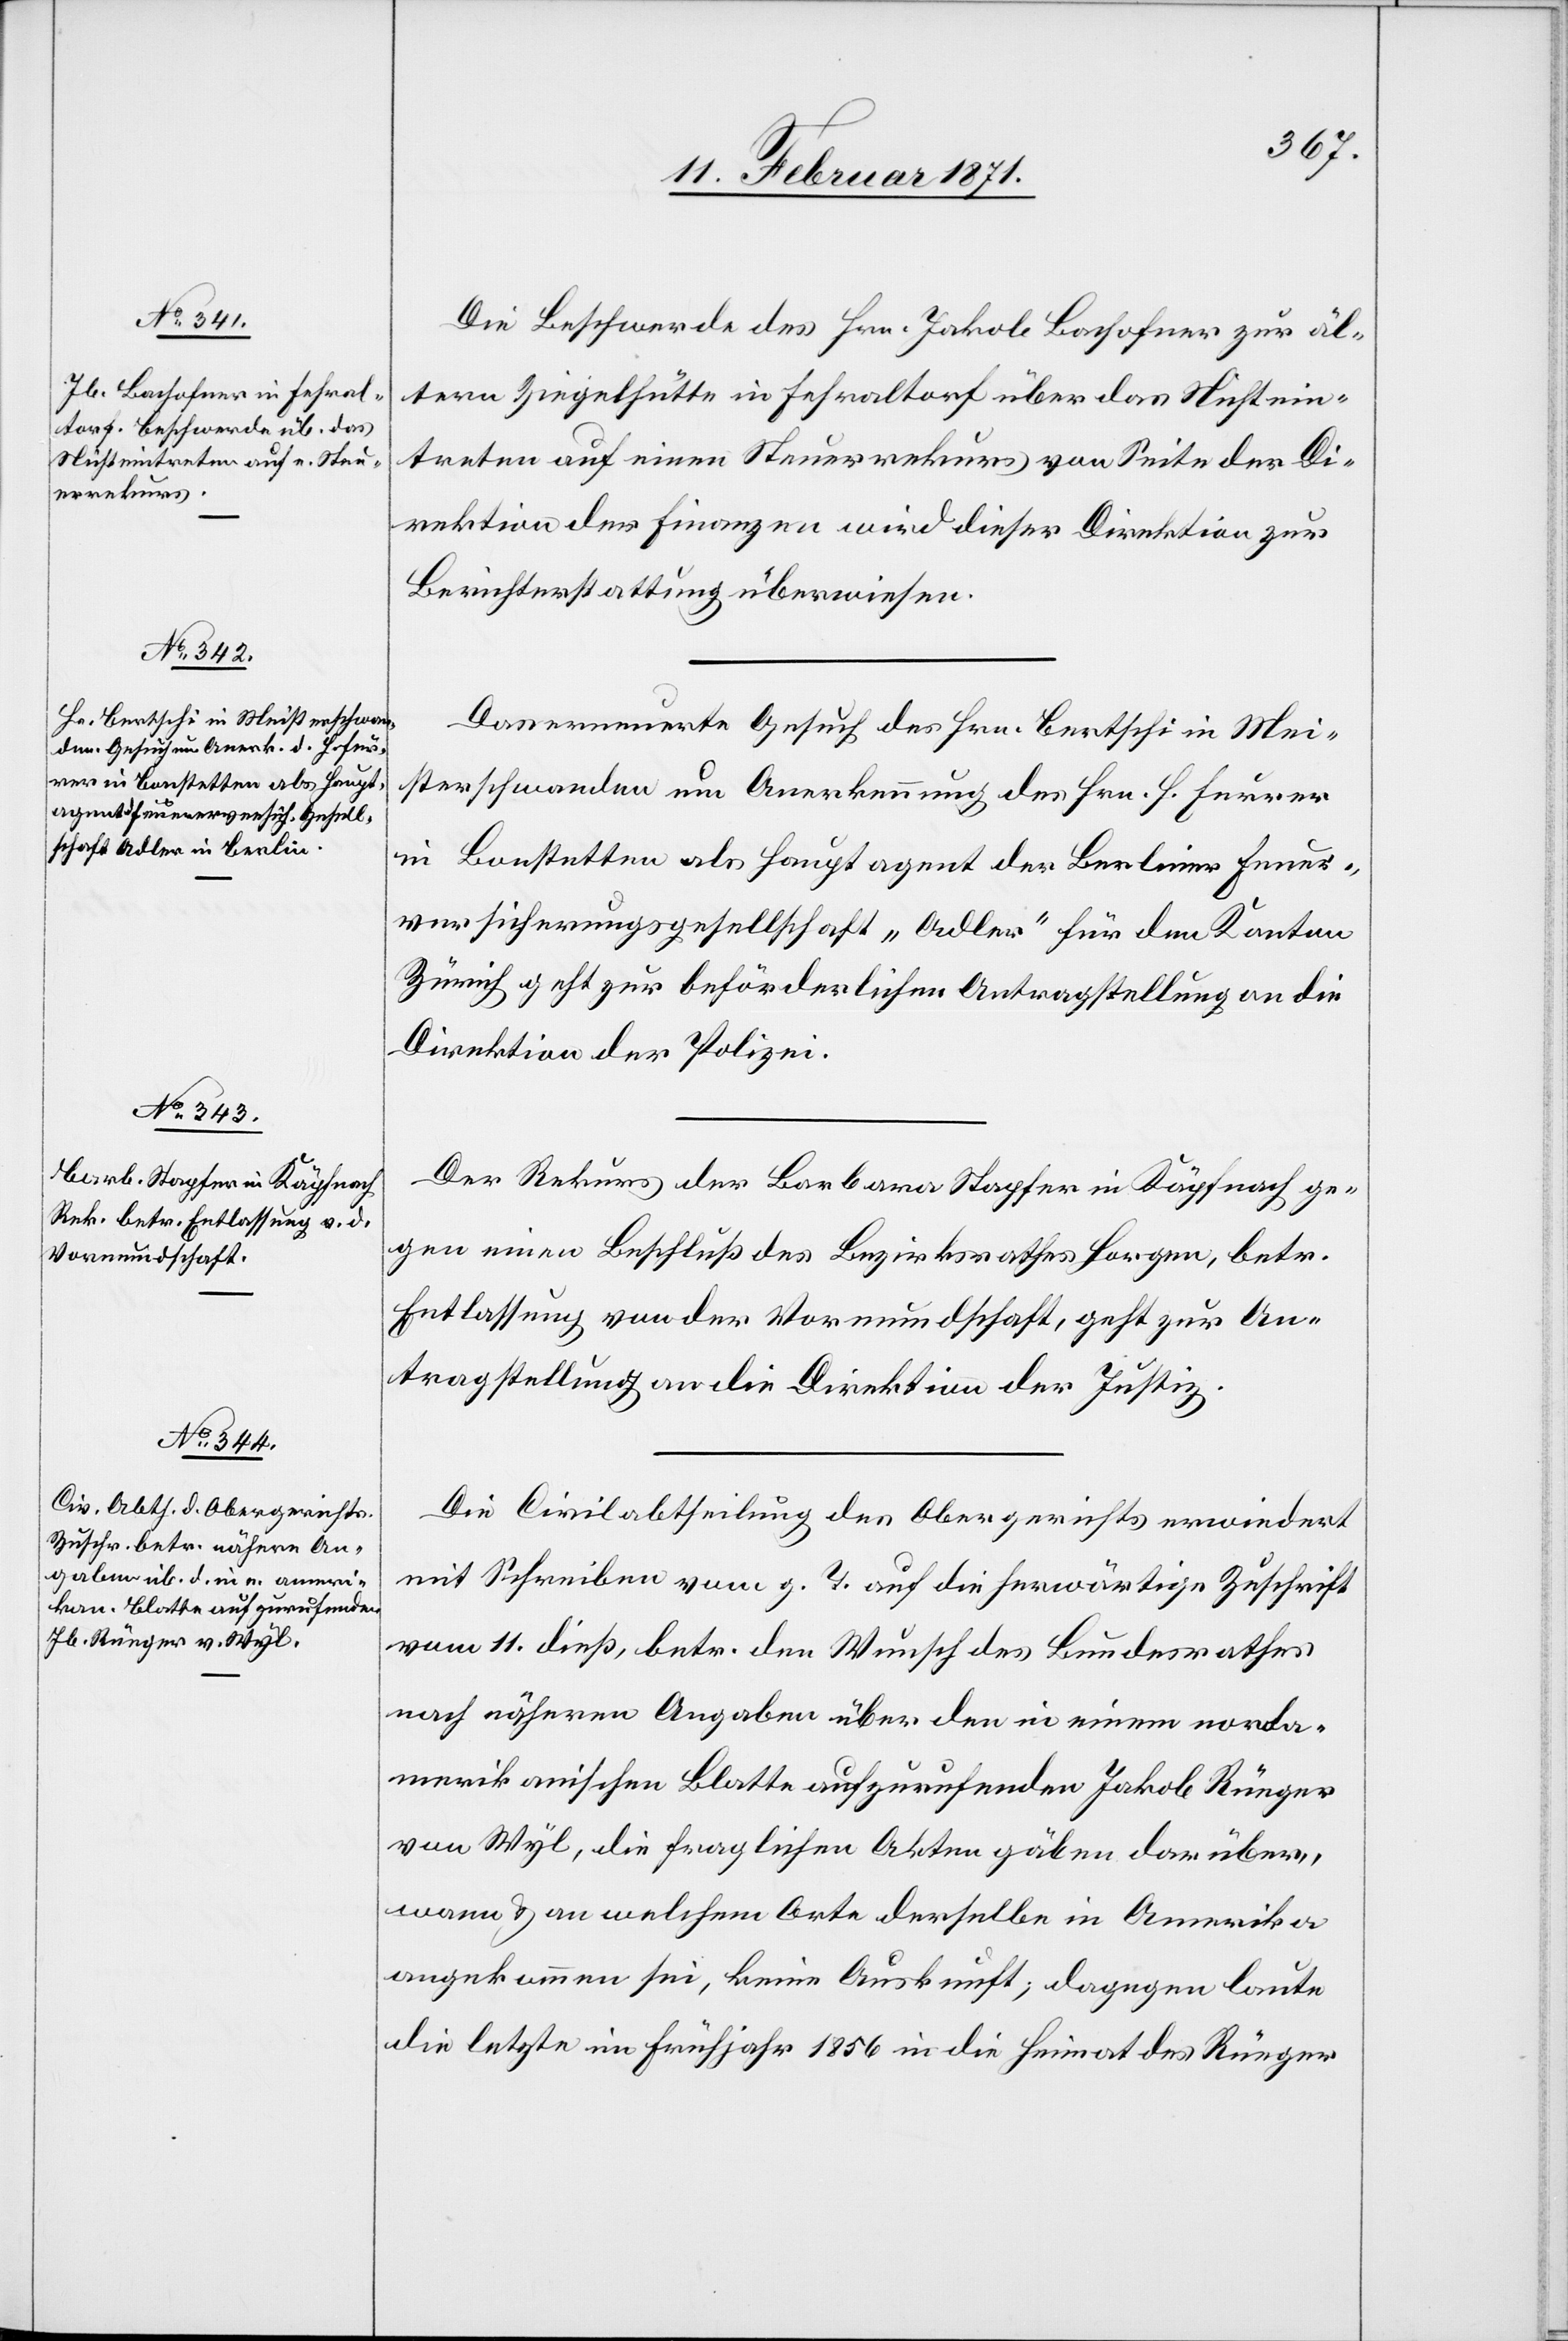
17. Februar 1871.]
Die Beschwerde des Hrn. Jakob Bachofner zur äl¬
tern Ziegelhütte in Fehraltorf über das Nichtein¬
treten auf einen Steuerrekurs von Seite der Di¬
rektion der Finanzen wird dieser Direktion zur
Berichterstattung überwiesen.
Das erneuerte Gesuch des Hrn. Bertschi in Mei¬
sterschwanden um Anerkennung des Hrn. H. Furrer
in Bonstetten als Hauptagent der Berliner Feuer¬
versicherungsgesellschaft „Adler“ für den Kanton
Zürich geht zur beförderlichen Antragstellung an die
Direktion der Polizei.
Der Rekurs der Barbara Stapfer in Käpfnach ge¬
gen einen Beschluß des Bezirksrathes Horgen, betr.
Entlassung von der Vormundschaft, geht zur An¬
tragstellung an die Direktion der Justiz.
Die Civilabtheilung des Obergerichts erwiedert
mit Schreiben vom g. T. auf die herwärtige Zuschrift
vom 11. dieß, betr. den Wunsch des Bundesrathes
nach näheren Angaben über den in einem norda¬
merikanischen Blatte aufzurufenden Jakob Rüeger
von Wyl, die fraglichen Akten gäben darüber,
wann u. an welchem Orte derselbe in Amerika
angekommen sei, keine Auskunft, dagegen laute
die letzte im Frühjahr 1856 in die Heimat des Rüeger